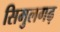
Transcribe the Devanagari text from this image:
सिमुलगढ़